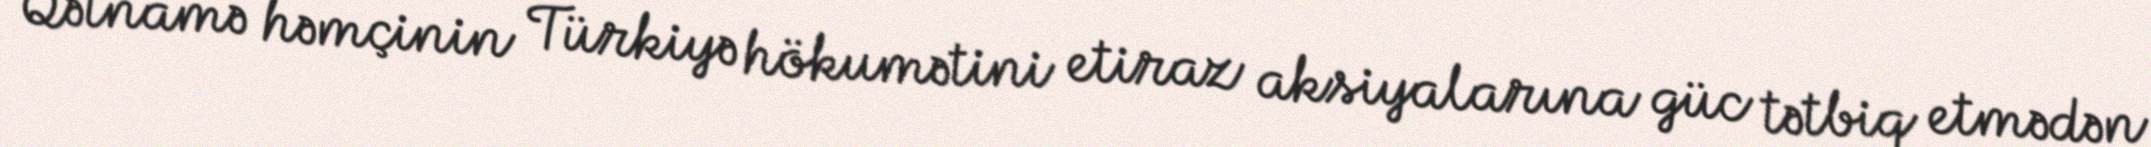
Qətnamə həmçinin Türkiyə hökumətini etiraz aksiyalarına güc tətbiq etmədən